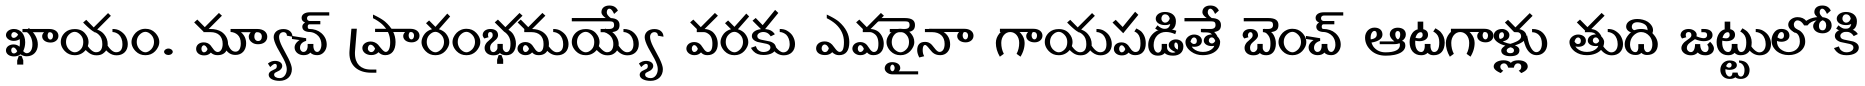
ఖాయం. మ్యాచ్ ప్రారంభమయ్యే వరకు ఎవరైనా గాయపడితే బెంచ్ ఆటగాళ్లు తుది జట్టులోకి